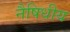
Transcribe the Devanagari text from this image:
नैषिधीय